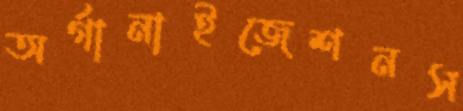
অর্গানাইজেশনস